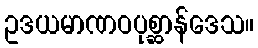
ဥဒယမာဏဝပုစ္ဆာန်ဒေသ။